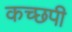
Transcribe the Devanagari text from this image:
कच्छपी